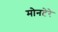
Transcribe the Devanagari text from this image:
मोनटेरे